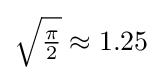
{\sqrt {\tfrac {\pi }{2}}}\approx 1.25